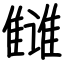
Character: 雠